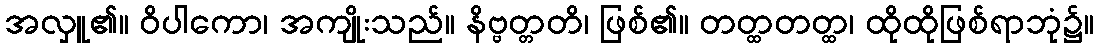
အလှူ၏။ ဝိပါကော၊ အကျိုးသည်။ နိဗ္ဗတ္တတိ၊ ဖြစ်၏။ တတ္ထတတ္ထ၊ ထိုထိုဖြစ်ရာဘုံ၌။